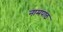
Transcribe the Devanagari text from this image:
नामपाठ